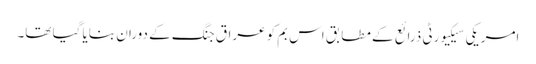
امریکی سیکیورٹی ذرائع کے مطابق اس بم کو عراق جنگ کے دوران بنایا گیا تھا۔